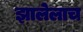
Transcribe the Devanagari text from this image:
झालेलाच